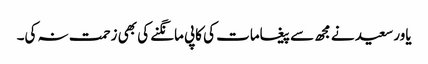
یاور سعید نے مجھ سے پیغامات کی کاپی مانگنے کی بھی زحمت نہ کی۔